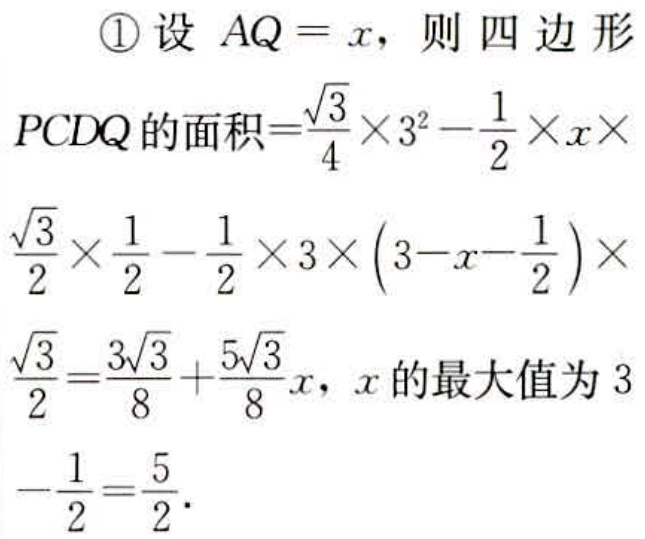
\textcircled{1}设 \(AQ = x\)，则四边形
\(PCDQ\)的面积\(=\frac{\sqrt{3}}{4}\times 3^{2}-\frac{1}{2}\times x\times
\frac{\sqrt{3}}{2}\times\frac{1}{2}-\frac{1}{2}\times 3\times(3 - x-\frac{1}{2})\times
\frac{\sqrt{3}}{2}=\frac{3\sqrt{3}}{8}+\frac{5\sqrt{3}}{8}x\)，\(x\)的最大值为 \(3\)
\(-\frac{1}{2}=\frac{5}{2}\)。